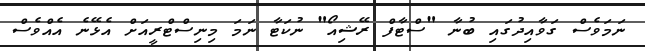
ނަމަވެސް ގަވާއިދުގައި ބުނާ "ސްޓާފް ރޭޝިއޯ" ނުކަޓާ ނަމަ މިނިސްޓްރީއަށް އެޅޭނެ އެއްވެސް